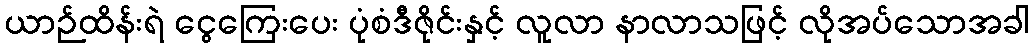
ယာဉ်ထိန်းရဲ ငွေကြေးပေး ပုံစံဒီဇိုင်းနှင့် လူလာ နာလာသဖြင့် လိုအပ်သောအခါ